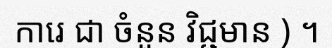
ការេ ជា ចំនួន វិជ្ជមាន ) ។